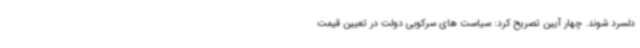
دلسرد شوند. چهار آیین تصریح کرد: سیاست های سرکوبی دولت در تعیین قیمت